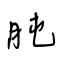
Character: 肫